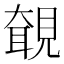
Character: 𧡵